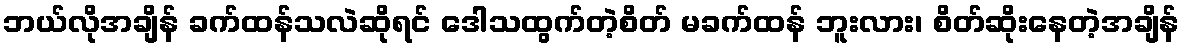
ဘယ်လိုအချိန် ခက်ထန်သလဲဆိုရင် ဒေါသထွက်တဲ့စိတ် မခက်ထန် ဘူးလား၊ စိတ်ဆိုးနေတဲ့အချိန်